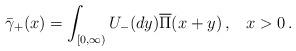
LaTeX: \begin{align*}\bar{\gamma}_+(x)=\int_{[0,\infty)}U_-(dy)\overline{\Pi}(x+y)\,,\;\;\;x>0\,.\end{align*}